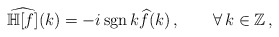
\begin{align*}\widehat{\mathbb H[f]}(k)=-i\,{\rm sgn}\,k\widehat{f}(k)\,,\qquad\forall\,k\in\mathbb Z\,,\end{align*}